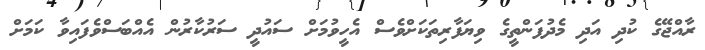
ރާއްޖޭގެ ކުދި އަދި މެދުފަންތީގެ ވިޔަފާރިތަކަށްވެސް އެހީވުމަށް ސައުދީ ސަރުކާރުން އެއްބަސްވެފައިވާ ކަމަށް